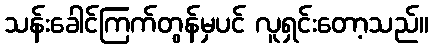
သန်းခေါင်ကြက်တွန်မှပင် လူရှင်းတော့သည်။